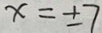
x = \pm 7